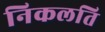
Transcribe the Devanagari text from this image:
निकलति